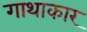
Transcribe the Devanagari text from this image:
गाथाकार